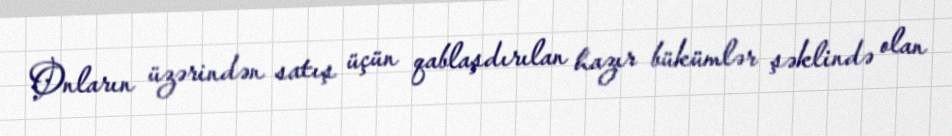
Onların üzərindən satış üçün qablaşdırılan hazır bükümlər şəklində olan